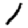
Digit: 1